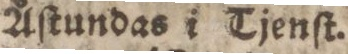
Åſtundas i Tjenſt.